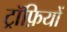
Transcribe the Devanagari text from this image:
ट्रॉफ़ियों